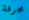
مجرفة